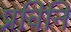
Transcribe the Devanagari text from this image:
प्रविनि